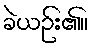
ခဲယဉ်း၏။